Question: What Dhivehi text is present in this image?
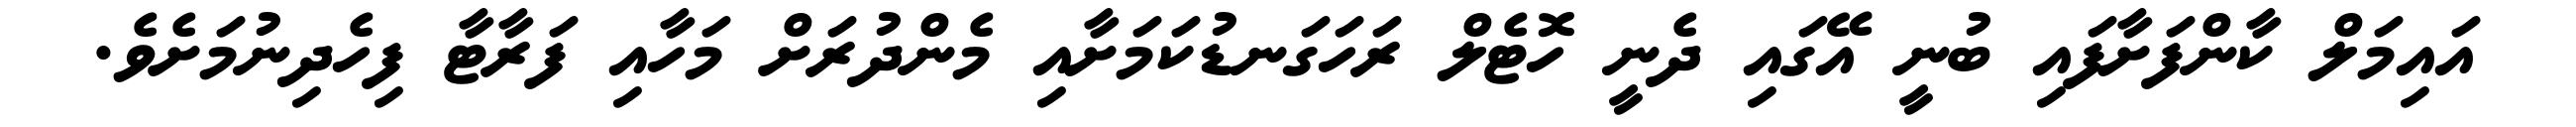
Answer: އައިމަލް ކާންފަށާފައި ބުނީ އޭގައި ދެނީ ހޮޓެލް ރަހަގަނޑުކަމަށާއި މެންދުރަށް މަހާއި ފަރާޓާ ފިހެދިނުމަށެވެ.